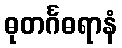
ဓုတင်္ဂဓရာနံ